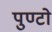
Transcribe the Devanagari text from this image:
पुण्टो